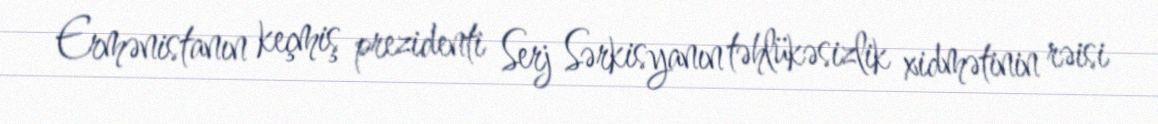
Ermənistanın keçmiş prezidenti Serj Sərkisyanın təhlükəsizlik xidmətinin rəisi